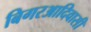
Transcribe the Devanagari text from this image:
बिगरआदिवासी